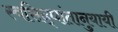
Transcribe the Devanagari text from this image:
स्वसिद्धांतानुयायी